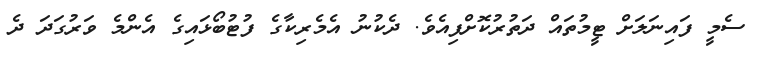
ސެމީ ފައިނަލަށް ޓީމުތައް ދަތުރުކޮށްފިއެވެ. ދެކުނު އެމެރިކާގެ ފުޓުބޯޅަައިގެ އެންމެ ވަރުގަދަ ދެ